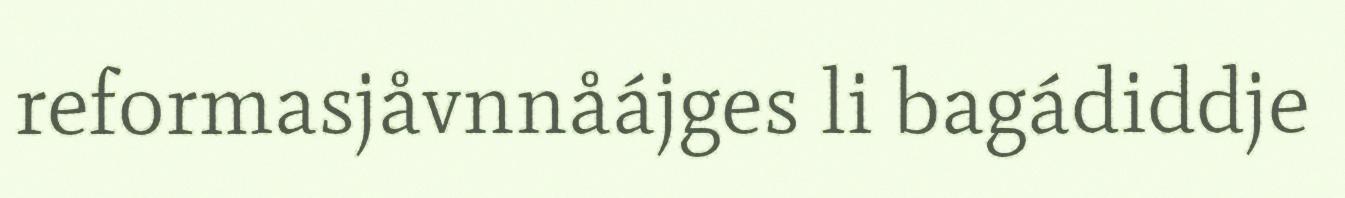
reformasjåvnnåájges li bagádiddje